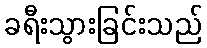
ခရီးသွားခြင်းသည်